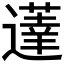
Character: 𰻗